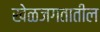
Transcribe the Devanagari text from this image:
खेळजगतातील